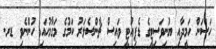
ހަސަން ހަމީދާއި ޔުނިވަސިޓީގެ ޑެޕިއުޓީ ވައިސް ޗާންސެލަރު ކަމުގެ މަގާމުހައި ހުންނެވި ޑރ.